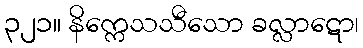
၃၂၁။ နိက္ကေသသီသော ခလ္လာဋော၊